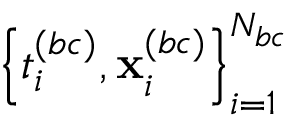
\left\{ { t } _ { i } ^ { ( b c ) } , { \bf x } _ { i } ^ { ( b c ) } \right\} _ { i = 1 } ^ { N _ { b c } }